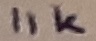
Text: 11K